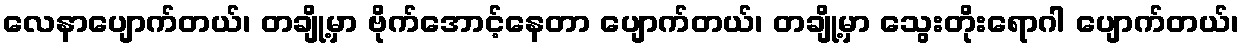
လေနာပျောက်တယ်၊ တချို့မှာ ဗိုက်အောင့်နေတာ ပျောက်တယ်၊ တချို့မှာ သွေးတိုးရောဂါ ပျောက်တယ်၊